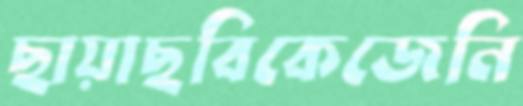
ছায়াছবিকেজেনি